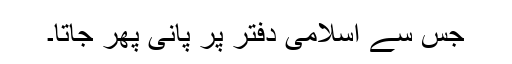
جس سے اسلامی دفتر پر پانی پھر جاتا۔